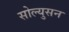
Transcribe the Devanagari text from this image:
सोल्युसन